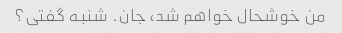
من خوشحال خواهم شد، جان. شنبه گفتی؟